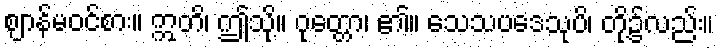
ဈာန်မဝင်စား။ ဣတိ၊ ဤသို့။ ဝုတ္တော၊ ၏။ သေသပဒေသုပိ၊ တို့၌လည်း။